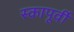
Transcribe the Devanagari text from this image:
स्कापूर्वी